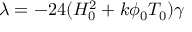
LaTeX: { \lambda } = - 2 4 ( H _ { 0 } ^ { 2 } + k { \phi } _ { 0 } T _ { 0 } ) { \gamma }